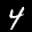
Label: 4